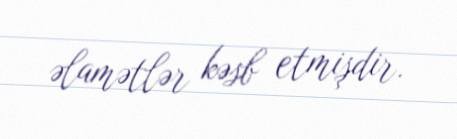
əlamətlər kəsb etmişdir.